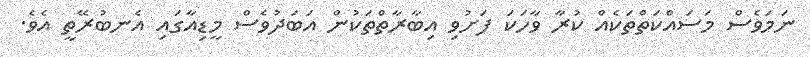
ނަމަވެސް މަސައްކަތްތަކެއް ކުރާ ވާހަކަ ފަށުވި އިބާރާތްތަކުން އަބަދުވެސް މީޑިއާގައި އެނބުރޭތީ އެވެ.